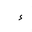
Letter: _hamza